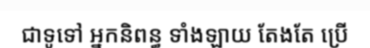
ជាទូទៅ អ្នកនិពន្ធ ទាំងឡាយ តែងតែ ប្រើ